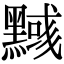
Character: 𪒃